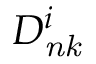
D _ { \it { n k } } ^ { i }